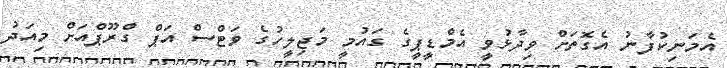
އެމަނިކުފާނު އެގޮތަށް ވިދާޅުވީ އެމްޑީޕީގެ ގައުމީ މަޖިލީހުގެ ވަޓްސް އަޕް ގްރޫޕްއަށް މިއަދު